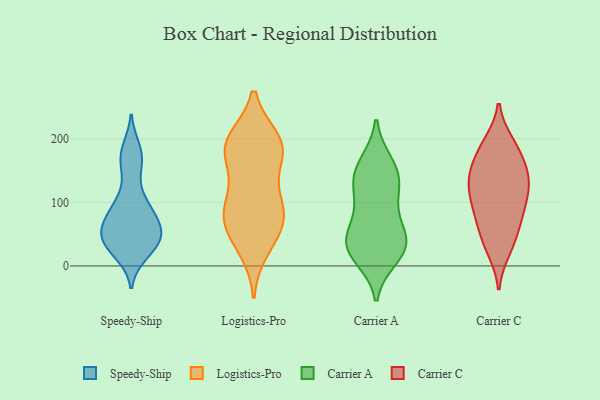
{"axis": {"x": "Tickets Resolved", "y": "Value"}, "legend": ["Carrier A", "Carrier C", "Logistics-Pro", "Speedy-Ship"], "data": [{"x": "", "y": 186, "type": "Speedy-Ship"}, {"x": "", "y": 102, "type": "Speedy-Ship"}, {"x": "", "y": 46, "type": "Speedy-Ship"}, {"x": "", "y": 17, "type": "Speedy-Ship"}, {"x": "", "y": 171, "type": "Speedy-Ship"}, {"x": "", "y": 80, "type": "Speedy-Ship"}, {"x": "", "y": 151, "type": "Speedy-Ship"}, {"x": "", "y": 62, "type": "Speedy-Ship"}, {"x": "", "y": 70, "type": "Speedy-Ship"}, {"x": "", "y": 98, "type": "Speedy-Ship"}, {"x": "", "y": 50, "type": "Speedy-Ship"}, {"x": "", "y": 35, "type": "Speedy-Ship"}, {"x": "", "y": 48, "type": "Speedy-Ship"}, {"x": "", "y": 26, "type": "Speedy-Ship"}, {"x": "", "y": 45, "type": "Logistics-Pro"}, {"x": "", "y": 101, "type": "Logistics-Pro"}, {"x": "", "y": 81, "type": "Logistics-Pro"}, {"x": "", "y": 146, "type": "Logistics-Pro"}, {"x": "", "y": 58, "type": "Logistics-Pro"}, {"x": "", "y": 187, "type": "Logistics-Pro"}, {"x": "", "y": 196, "type": "Logistics-Pro"}, {"x": "", "y": 72, "type": "Logistics-Pro"}, {"x": "", "y": 26, "type": "Logistics-Pro"}, {"x": "", "y": 176, "type": "Logistics-Pro"}, {"x": "", "y": 183, "type": "Logistics-Pro"}, {"x": "", "y": 91, "type": "Logistics-Pro"}, {"x": "", "y": 198, "type": "Logistics-Pro"}, {"x": "", "y": 193, "type": "Logistics-Pro"}, {"x": "", "y": 93, "type": "Logistics-Pro"}, {"x": "", "y": 130, "type": "Carrier A"}, {"x": "", "y": 12, "type": "Carrier A"}, {"x": "", "y": 13, "type": "Carrier A"}, {"x": "", "y": 161, "type": "Carrier A"}, {"x": "", "y": 129, "type": "Carrier A"}, {"x": "", "y": 30, "type": "Carrier A"}, {"x": "", "y": 40, "type": "Carrier A"}, {"x": "", "y": 31, "type": "Carrier A"}, {"x": "", "y": 163, "type": "Carrier A"}, {"x": "", "y": 52, "type": "Carrier A"}, {"x": "", "y": 43, "type": "Carrier A"}, {"x": "", "y": 86, "type": "Carrier A"}, {"x": "", "y": 125, "type": "Carrier A"}, {"x": "", "y": 36, "type": "Carrier A"}, {"x": "", "y": 145, "type": "Carrier A"}, {"x": "", "y": 88, "type": "Carrier A"}, {"x": "", "y": 80, "type": "Carrier C"}, {"x": "", "y": 193, "type": "Carrier C"}, {"x": "", "y": 134, "type": "Carrier C"}, {"x": "", "y": 25, "type": "Carrier C"}, {"x": "", "y": 170, "type": "Carrier C"}, {"x": "", "y": 44, "type": "Carrier C"}, {"x": "", "y": 33, "type": "Carrier C"}, {"x": "", "y": 123, "type": "Carrier C"}, {"x": "", "y": 150, "type": "Carrier C"}, {"x": "", "y": 122, "type": "Carrier C"}, {"x": "", "y": 176, "type": "Carrier C"}, {"x": "", "y": 80, "type": "Carrier C"}, {"x": "", "y": 149, "type": "Carrier C"}, {"x": "", "y": 91, "type": "Carrier C"}, {"x": "", "y": 70, "type": "Carrier C"}, {"x": "", "y": 112, "type": "Carrier C"}, {"x": "", "y": 193, "type": "Carrier C"}, {"x": "", "y": 130, "type": "Carrier C"}]}